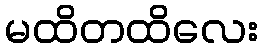
မထိတထိလေး